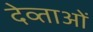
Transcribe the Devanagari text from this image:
देव्ताओं